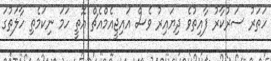
ހަތަރު ސަރުކާރު ފާއިތުވެ ދިޔައިރު ވެސް އައިޖީއެމްއެޗް އޮތީ ހަމަ ނިކަމެތި ހާލަތުގަ